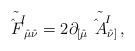
\begin{align*}\tilde{\hat{F}^{I}}{}_{\hat{\mu}\hat{\nu}}=2\partial_{[\hat{\mu}}\tilde{\hat{A}^{I}}{}_{\hat{\nu}]}\, ,\end{align*}